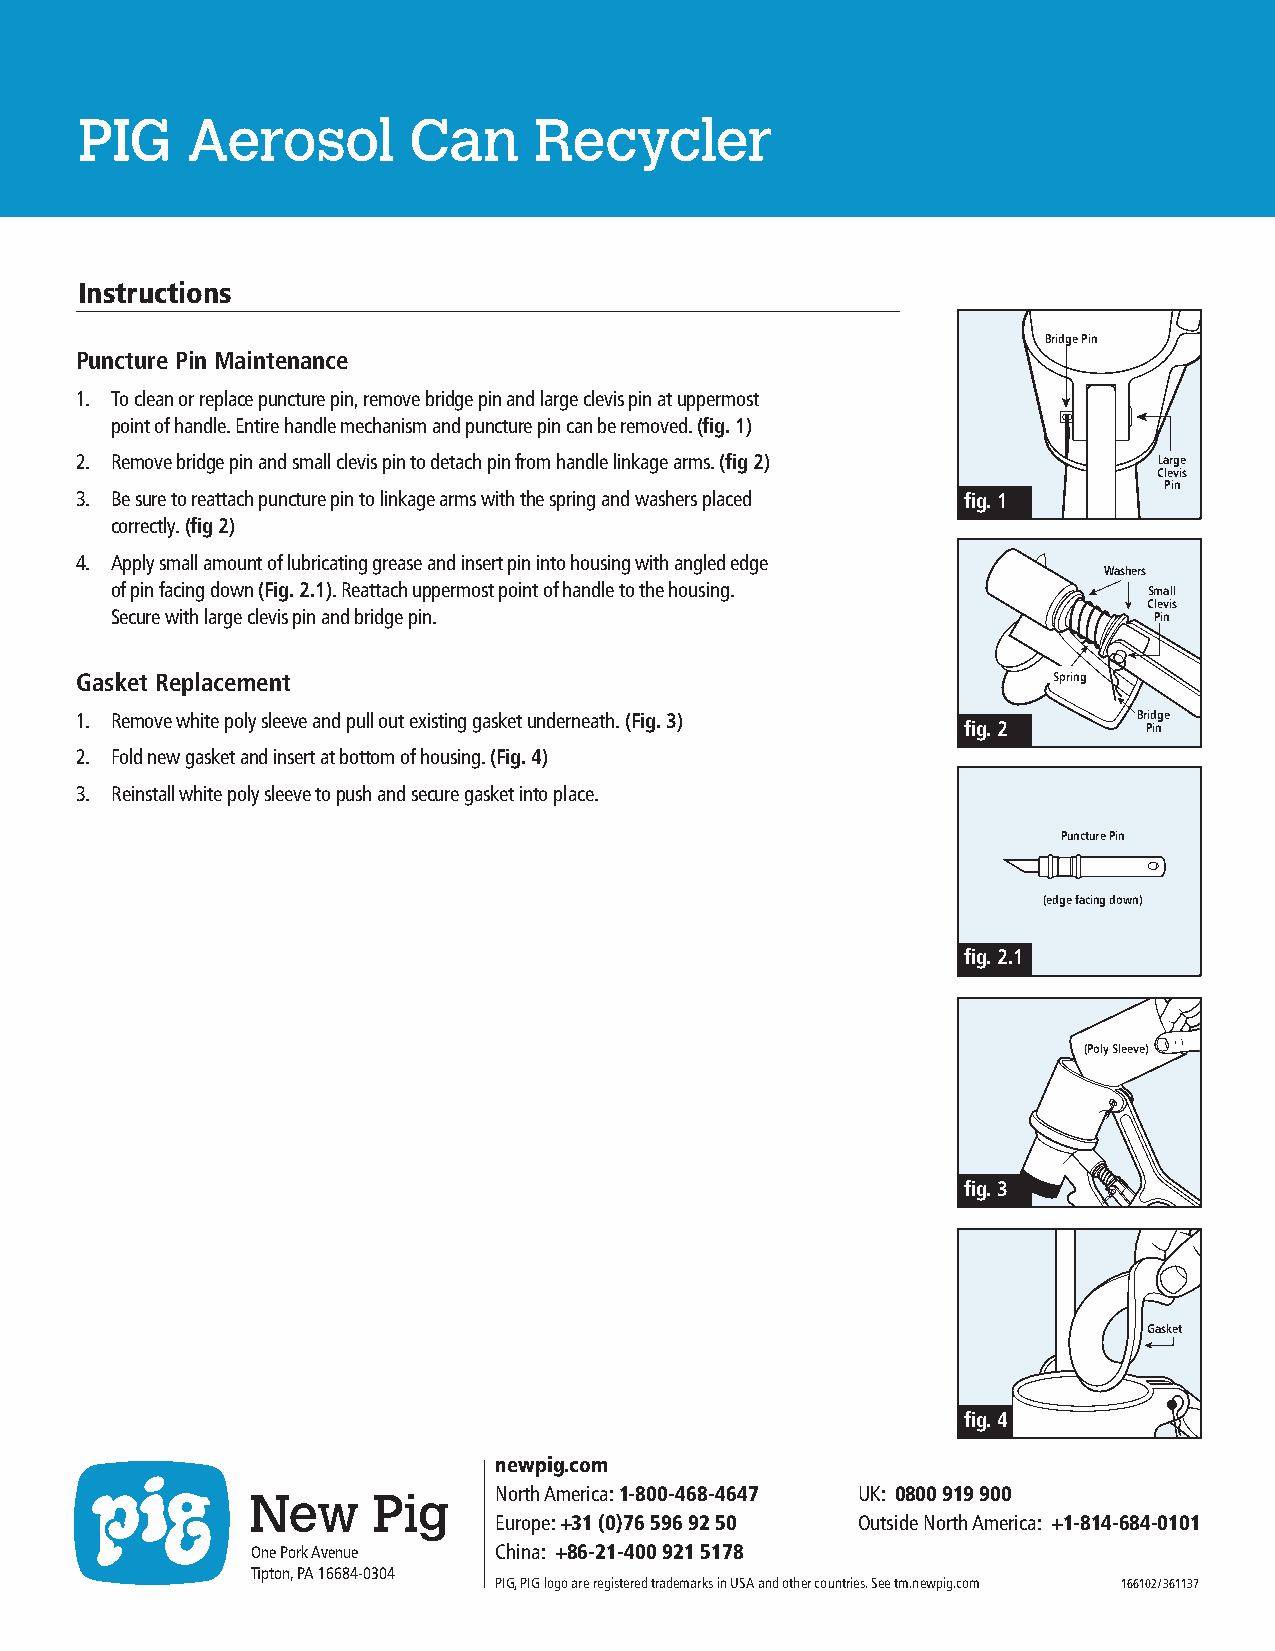
PIG    Aerosol        Can     Recycler
 Instructions
 Bridge Pin
 Puncture Pin Maintenance
 1. T o clean or replace puncture pin, remove bridge pin and large clevis pin at uppermost
 point of handle. Entire handle mechanism and puncture pin can be removed. (fig. 1)
 2. R emove bridge pin and small clevis pin to detach pin from handle linkage arms. (fig 2) Large
 Clevis
 Pin
 3. B e sure to reattach puncture pin to linkage arms with the spring and washers placed fig. 1
 correctly. (fig 2)
 4. A pply small amount of lubricating grease and insert pin into housing with angled edge
 Washers
 of pin facing down (Fig. 2.1). Reattach uppermost point of handle to the housing. Small
 Clevis
 Secure with large clevis pin and bridge pin.                         Pin
 Gasket Replacement                                               Spring
 1. R emove white poly sleeve and pull out existing gasket underneath. (Fig. 3) Bridge
 fig. 2      Pin
 2. F old new gasket and insert at bottom of housing. (Fig. 4)
 3. R einstall white poly sleeve to push and secure gasket into place.
 Puncture Pin
 (edge facing down)
 fig. 2.1
 (Poly Sleeve)
 fig. 3
 Gasket
 fig. 4
 newpig.com
 North America: 1-800-468-4647 UK: 0800 919 900
 New      Pig
 Europe: +31 (0)76 596 92 50 Outside North America: +1-814-684-0101
 One Pork Avenue China: +86-21-400 921 5178
 Tipton, PA 16684-0304
 PIG, PIG logo are registered trademarks in USA and other countries. See tm.newpig.com 166102/361137